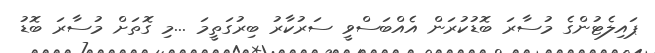
ޕައިލެޓުންގެ މުސާރަ ބޮޑުކުރަން އެއްބަސްވީ ސަރުކާރު ބިރުގަތީމަ ...މި ގޮތަށް މުސާރަ ބޮޑު